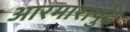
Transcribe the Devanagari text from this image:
आरमारापुढे